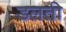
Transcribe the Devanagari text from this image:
डलती